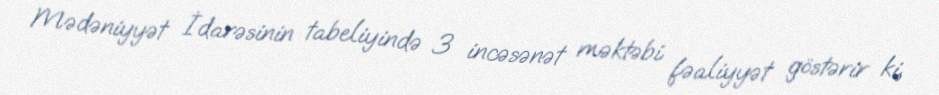
Mədəniyyət İdarəsinin tabeliyində 3 incəsənət məktəbi fəaliyyət göstərir ki,